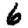
Digit: 6